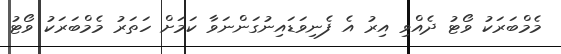
މެމްބަރަކު ވޯޓު ދެއްވި އިރު އެ ފެނިވަޑައިނުގަންނަވާ ކަމަށް ހަތަރު މެމްބަރަކު ވޯޓު